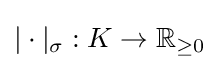
|\cdot |_{\sigma }:K\to \mathbb {R} _{\geq 0}